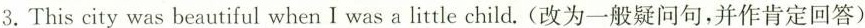
3.This city was beautiful when I was a little child.(改为一般疑问句，并作肯定回答)